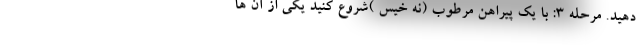
دهید. مرحله 3: با یک پیراهن مرطوب (نه خیس )شروع کنید یکی از آن ها